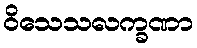
ဝိသေသလက္ခဏာ